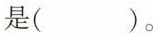
( )。